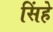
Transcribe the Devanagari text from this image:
सिंहे